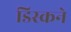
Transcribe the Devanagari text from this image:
डिस्कने